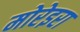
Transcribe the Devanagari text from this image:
मोरेइरा